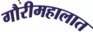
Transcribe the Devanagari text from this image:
गौरीमहालात